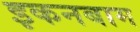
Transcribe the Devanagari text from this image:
इकनबाम